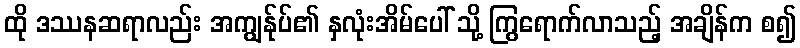
ထို ဒဿနဆရာလည်း အကျွန်ုပ်၏ နှလုံးအိမ်ပေါ် သို့ ကြွရောက်လာသည့် အချိန်က စ၍